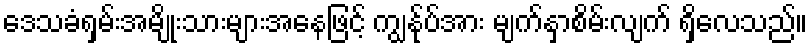
ဒေသခံရှမ်းအမျိုးသားများအနေဖြင့် ကျွန်ုပ်အား မျက်နှာစိမ်းလျက် ရှိလေသည်။